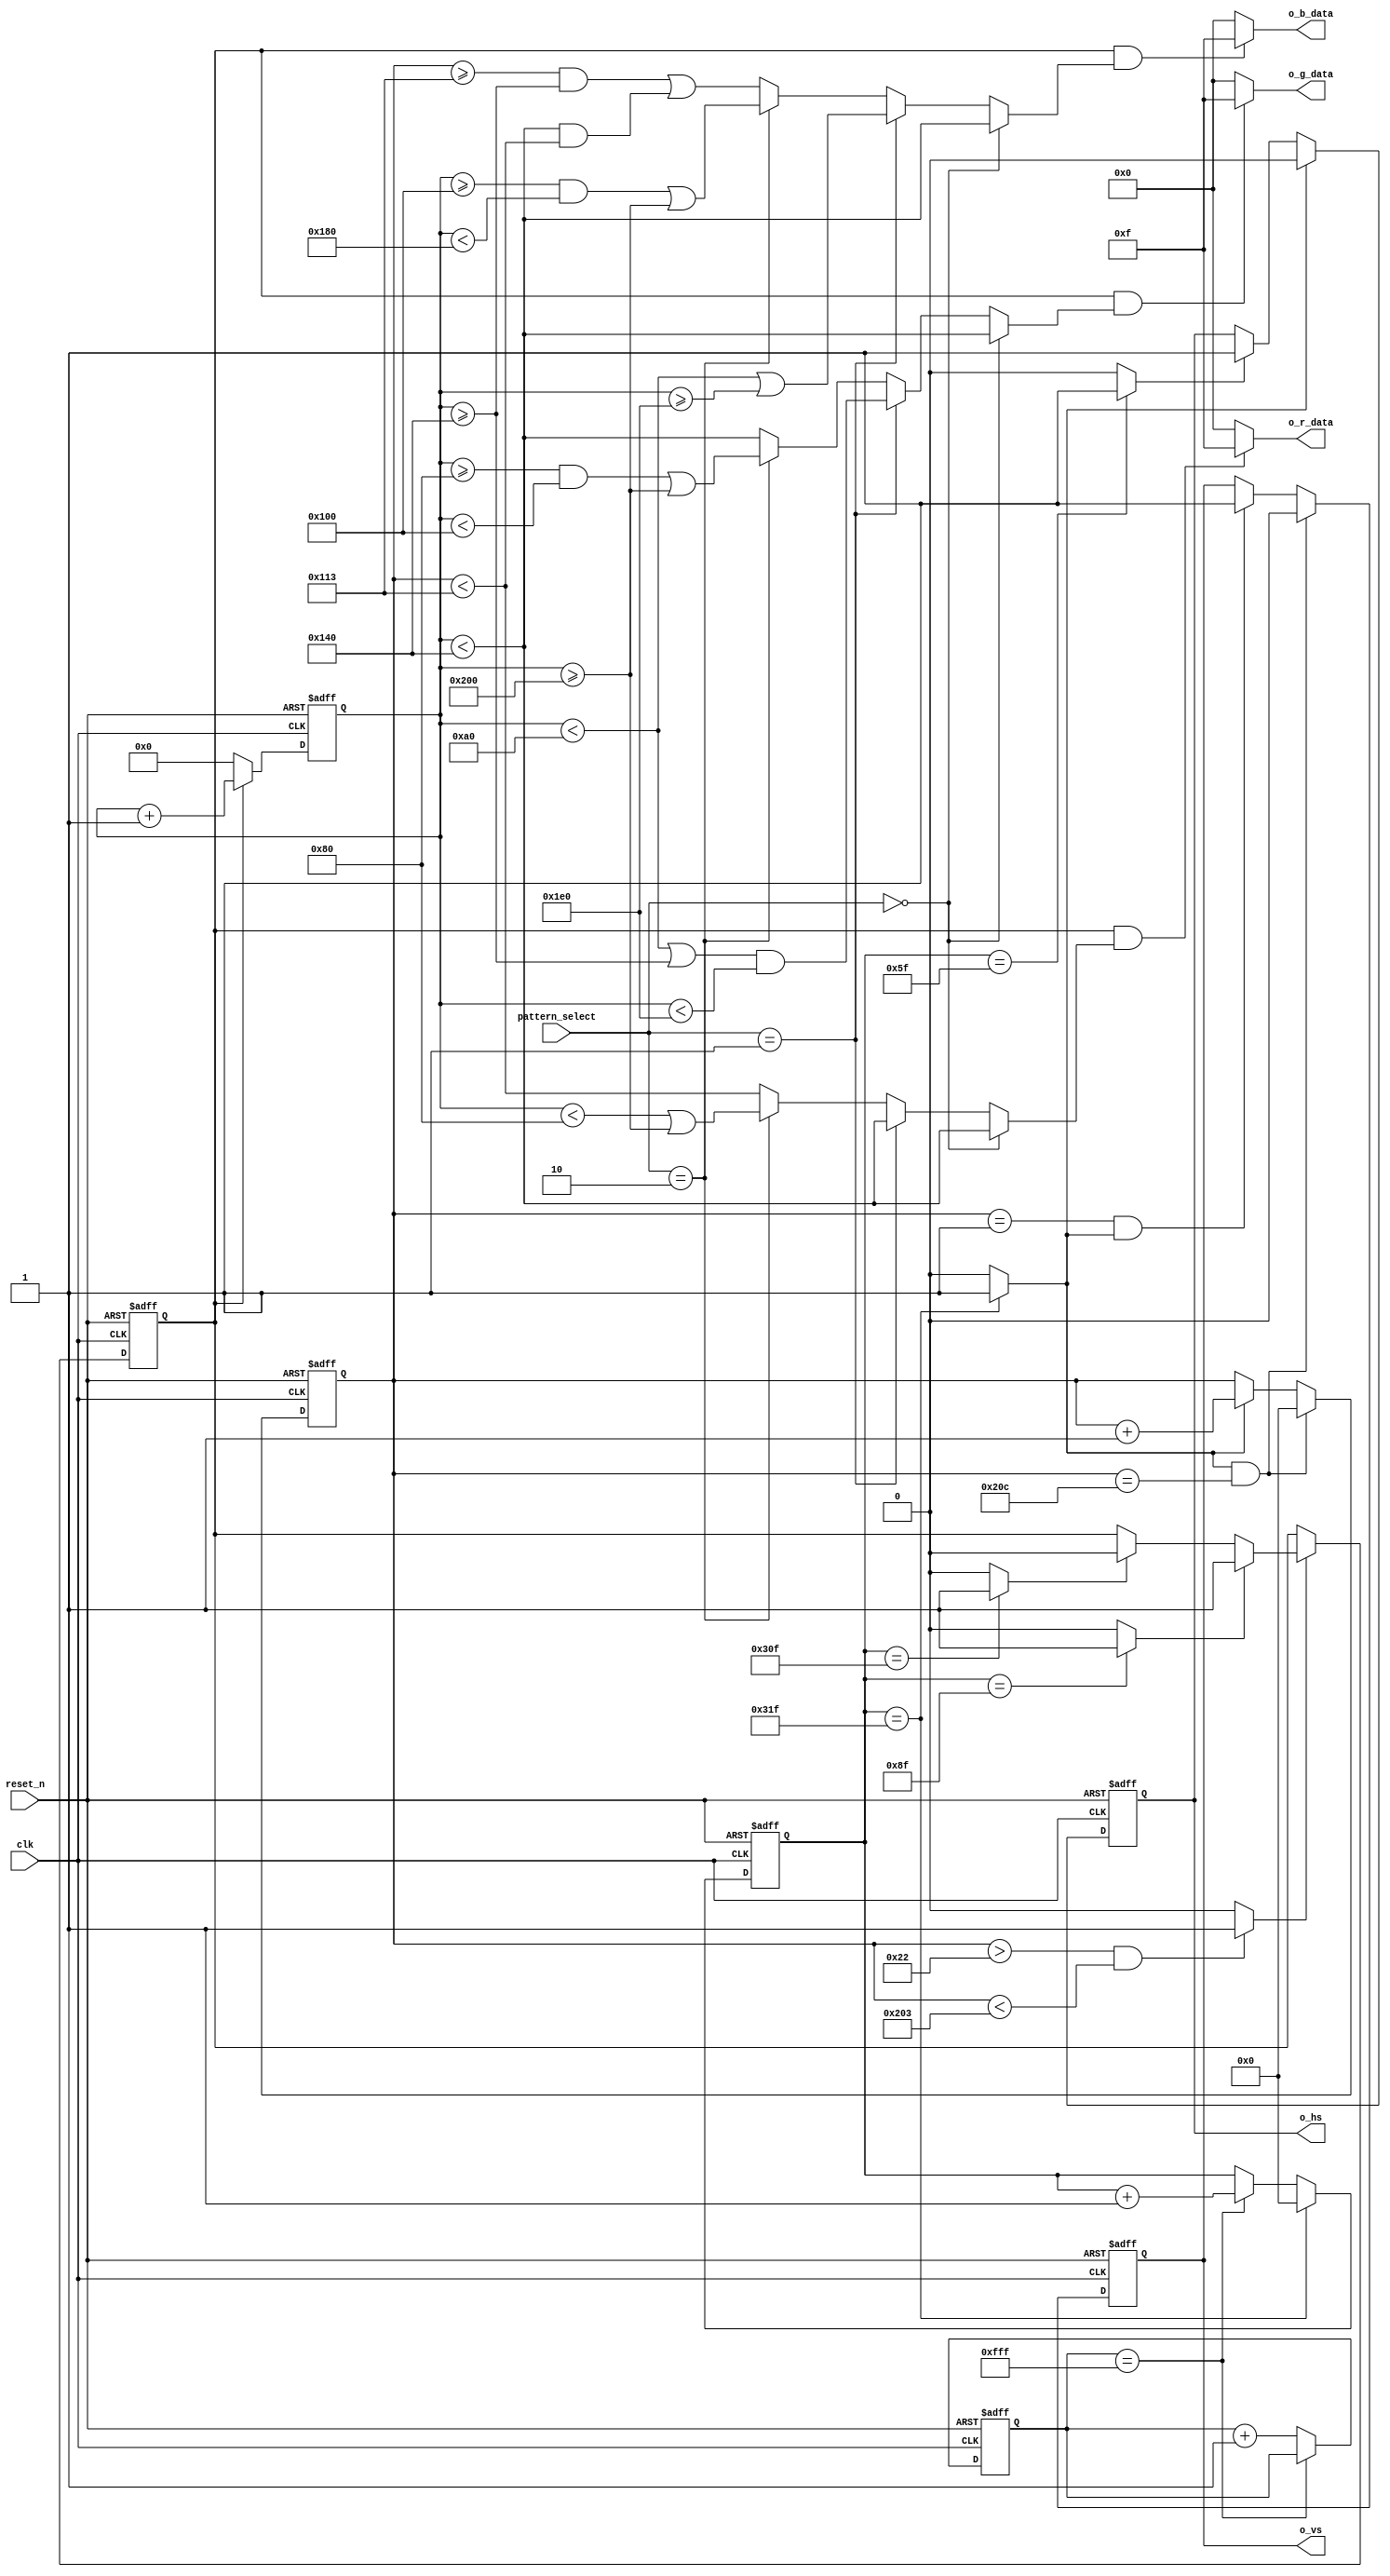
module pattern_gen(
   input clk,                           //input clk, reset_n, 2bit pattern_select 
   input reset_n,                  
   input [1:0] pattern_select,    

   output        o_vs,                  //output o_vs(Vsync), o_hs(Hsync) 
   output        o_hs,                          
   //output        o_de,
   ////Color data out for Zybo 7000
   /*
   output [4:0] o_r_data,
   output [5:0] o_g_data,
   output [4:0] o_b_data
   */
   ////Color data out for Zybo 7010 or Zybo 7020
   output [3:0] o_r_data,               //output 4bit o_r_data(Red), o_g_data(Green),o_b_data(Blue) 
   output [3:0] o_g_data,               
   output [3:0] o_b_data                
   
);
//   =======================================
//   Parameters
//   =======================================
////1280 x 720 // 74.25 MHz @ 60Hz
//parameter h_front_porch  = 32'd110;
//parameter h_sync_width   = 32'd40;
//parameter h_back_porch   = 32'd220;
//parameter h_active       = 32'd1280;
//
//parameter v_front_porch  = 32'd5;
//parameter v_sync_width   = 32'd5;
//parameter v_back_porch   = 32'd20;
//parameter v_active       = 32'd720;

//640 x 480 // 25.2 MHz @ 60Hz
//horizon
parameter h_front_porch  = 32'd16  ;    //Horizon_front porch = 16
parameter h_sync_width   = 32'd96  ;    //Horizon_sync width = 96
parameter h_back_porch   = 32'd48  ;    //Horizon_back porch = 48
parameter h_active       = 32'd640 ;    //Horizon_visible area = 640
//vertical
parameter v_front_porch  = 32'd10 ;     //Verticla_front porch = 10
parameter v_sync_width   = 32'd2  ;     //Vertical_sync width = 2
parameter v_back_porch   = 32'd33 ;     //Verticla_back porch = 33
parameter v_active       = 32'd480;     //Vertical_visible area = 480

parameter h_total        = h_front_porch + h_sync_width + h_back_porch + h_active;  //total horizon() = 800
parameter v_total        = v_front_porch + v_sync_width + v_back_porch + v_active;  //total vertical() = 525

parameter init_cnt_top = 32'h0000_0fff; //

//   =======================================
//   Reg, Wires
//   =======================================
reg [31:0] init_cnt;    //count
reg [31:0] h_cnt;       //horizon_count

wire h_sync_hit        ;    //check_horizon_sync_hit
wire h_back_porch_hit  ;    //check_horizon_back_porch_hit
wire h_active_hit      ;    //check_horizon_active_hit
wire h_front_porch_hit ;    //check_horizon_front_porch_hit

reg [31:0] line_cnt;    //line_count
wire active_line;       //active_line

reg vs;                 //vertical_sign
reg hs;                 //hoirizion_sign
reg de;                 //de_sign

reg [15:0] de_cnt;      //de_count

//   =======================================
//   Structural Coding
//   =======================================
//Inintal Waiting
always @ (posedge clk, negedge reset_n)     //clk  edge reset_n  edge , reset   delay
   if(~reset_n)                             //reset_n 0 
      init_cnt <= 32'b0;                    //init_cnt 0 
   else if(init_cnt == init_cnt_top)        //init_cnt = init_cnt_top
      init_cnt <= init_cnt;                 //init_cnt  
   else                                     //  
      init_cnt <= init_cnt + 1'b1;          //init_cnt + 1

//Horizon Count
always @ (posedge clk, negedge reset_n)     //clk  edge reset_n  edge 
   if(~reset_n)                             //reset_n 0 
      h_cnt <= 32'b0;                       //h_cnt 0 
   else if(h_cnt == h_total - 1'b1)         //h_cnt = h_total - 1
      h_cnt <= 32'b0;                       //h_cnt 0 
   else if(init_cnt == init_cnt_top)        //init_cnt = init_cnt_top 
      h_cnt <= h_cnt + 1'b1;                //h_cnt + 1

//Horizon hit point
assign h_sync_hit        = (h_cnt == h_sync_width - 1'b1) ? 1'b1 : 1'b0;                                          //h_cnt = h_sync_width - 1                                            h_sync_hit = 1,  0
assign h_back_porch_hit  = (h_cnt == h_sync_width + h_back_porch - 1'b1) ? 1'b1 : 1'b0;                           //h_cnt = h_sync_width + h_back_porch - 1                             h_back_porch_hit = 1,  0 
assign h_active_hit      = (h_cnt == h_sync_width + h_back_porch + h_active - 1'b1) ? 1'b1 : 1'b0;                //h_cnt = h_sync_width + h_back_porch + h_active - 1                  h_active_hit = 1,  0
assign h_front_porch_hit = (h_cnt == h_sync_width + h_back_porch + h_active + h_front_porch- 1'b1) ? 1'b1 : 1'b0; //h_cnt = h_sync_width + h_back_porch + h_active + h_front_porch- 1   h_front_porch_hit = 1,  0

//Vertical Count
always @ (posedge clk, negedge reset_n)                                 //clk  edge reset_n  edge 
   if(~reset_n)                                                         //reset_n 0 
      line_cnt <= 32'b0;                                                //line_cnt 0 
   else if(h_front_porch_hit && (line_cnt == v_total - 1'b1))           //(h_front_porch_hit 1 line_cnt = v_total - 1   ( )
      line_cnt <= 32'b0;                                                //line_cnt 0                                     
   else if(h_front_porch_hit)                                           //h_front_porch_hit = 1 
      line_cnt <= line_cnt + 1'b1;                                      //line_cnt <= line_cnt + 1  ( )

//Vertical active line  
assign active_line = ((line_cnt > v_sync_width + v_back_porch - 1'b1) && (line_cnt < v_sync_width + v_back_porch + v_active)) ? 1'b1 : 1'b0;    //line_cnt > v_sync_width + v_back_porch - 1 line_cnt < v_sync_width + v_back_porch + v_active 
                                                                                                                                                //active_line = 1  0
//Make VSYHC
always @ (posedge clk, negedge reset_n)                               //clk  edge reset_n  edge 
   if(~reset_n)                                                       //reset_n 0 
      vs <= 1'b0;                                                     //vs = 0 
   else if((line_cnt == v_total - 1'b1) && (h_front_porch_hit))       //line_cnt = v_total - 1  h_front_porch_hit = 1
      vs <= 1'b0;                                                     //vs = 0          Sync Pulse
   else if((line_cnt == v_sync_width - 1'b1) && (h_front_porch_hit))  //line_cnt = v_sync_width - 1  h_front_porch_hit = 1
      vs <= 1'b1;                                                     //vs = 1          Active of Line

//Make HSYHC
always @ (posedge clk, negedge reset_n)                               //clk  edge reset_n  edge 
   if(~reset_n)                                                       //reset_n 0 
      hs <= 1'b0;                                                     //hs = 0 
   else if(h_front_porch_hit)                                         //h_front_porch_hit = 1 
//   else if(h_front_porch_hit & active_line)  // If you want it,
      hs <= 1'b0;                                                     //hs = 0          Sync Pulse
   else if(h_sync_hit)                                                //h_sync_hit = 1 
      hs <= 1'b1;                                                     //hs = 1          Active of Pixel

// Make Data Enable Signal
always @ (posedge clk, negedge reset_n)                               //clk  edge reset_n  edge 
   if(~reset_n)                                                       //reset_n 0 
      de <= 1'b0;                                                     //de = 0 
   else if(active_line)                                               //active_line 1 
      if(h_back_porch_hit)                                            //h_back_porch_hit = 1 
         de <= 1'b1;                                                  //de = 1
      else if(h_active_hit)                                           //h_active_hit = 1 
         de <= 1'b0;                                                  //de = 0 
         
//output
assign o_vs = vs;                                                     //o_vs = vs 
assign o_hs = hs;                                                     //o_hs = hs 
//assign o_de = de;

always @ (posedge clk, negedge reset_n)                               //clk  edge reset_n  edge 
  if(~reset_n)                                                        //reset_n 0 
    de_cnt <= 16'b0;                                                  //de_cnt = 0 
  else if(~de)                                                        //de 0 
    de_cnt <= 16'b0;                                                  //de_cnt = 0 
  else if(de)                                                         //de 1 
    de_cnt <= de_cnt + 1'b1;                                          //de_cnt + 1

//// RGB Vdieo Pattern Code ////
//Pattern 0 (White / Black)
wire p0_r_en = ( de_cnt <  (h_active*1/2));                                                                 //    0~1/2 red
wire p0_g_en = ( de_cnt <  (h_active*1/2));                                                                 //    0~1/2 green
wire p0_b_en = ( de_cnt <  (h_active*1/2));                                                                 //    0~1/2 blue
//Pattern 1 (White / Red / Green / Blue)
wire p1_r_en = ( de_cnt <  (h_active*2/4));                                                                 //    0~1/2 red
wire p1_g_en = ((de_cnt <  (h_active*1/4)) || (de_cnt >=  (h_active*2/4))) && (de_cnt < (h_active*3/4));    //    0~1/4 1/2~3/4 green
wire p1_b_en = ((de_cnt <  (h_active*1/4)) || (de_cnt >=  (h_active*3/4)));                                 //    0~1/4 3/4~ blue
//Pattern 2 (Red / Green / Blue / Black / White)
wire p2_r_en = ( de_cnt <  (h_active*1/5)) || (de_cnt >= (h_active*4/5));                                   //    0~1/5 4/5~ red
wire p2_g_en = ((de_cnt >= (h_active*1/5)) && (de_cnt <  (h_active*2/5))) || (de_cnt >= (h_active*4/5));    //    1/5~2/5 4/5~ green
wire p2_b_en = ((de_cnt >= (h_active*2/5)) && (de_cnt <  (h_active*3/5))) || (de_cnt >= (h_active*4/5));    //    2/5~3/5 4/5~ blue
//Pattern 3 
wire p3_r_en = (line_cnt <  (v_sync_width+v_back_porch+v_active*1/2));                                      //      0~1/2 red
wire p3_g_en = (de_cnt  <   (h_active*1/2));                                                                //    0~1/2 green
wire p3_b_en = ((line_cnt >= (v_sync_width+v_back_porch+v_active*1/2)) && (de_cnt >= (h_active*1/2)) || ((de_cnt <(h_active*1/2))&&(line_cnt<(v_sync_width+v_back_porch+v_active*1/2))));
                                                                                                            //2, 4 blue
//   
wire r_en = (pattern_select == 2'd0)?    p0_r_en :          //pattern_select = 00  pattern0
            (pattern_select == 2'd1)?    p1_r_en :          //pattern_select = 01  pattern1
            (pattern_select == 2'd2)?    p2_r_en : p3_r_en; //pattern_select = 10  pattern2,     pattern3

wire g_en = (pattern_select == 2'd0)?    p0_g_en :          //pattern_select = 00  pattern0                         
            (pattern_select == 2'd1)?    p1_g_en :          //pattern_select = 01  pattern1                         
            (pattern_select == 2'd2)?    p2_g_en : p3_g_en; //pattern_select = 10  pattern2,     pattern3   

wire b_en = (pattern_select == 2'd0)?    p0_b_en :          //pattern_select = 00  pattern0                         
            (pattern_select == 2'd1)?    p1_b_en :          //pattern_select = 01  pattern1                         
            (pattern_select == 2'd2)?    p2_b_en : p3_b_en; //pattern_select = 10  pattern2,     pattern3   
////// Color data out assign
////Color data out for Zybo 7000
/*
assign o_r_data = (de & r_en) ? 5'd31 : 8'b0;
assign o_g_data = (de & g_en) ? 6'd63 : 8'b0;
assign o_b_data = (de & b_en) ? 5'd31 : 8'b0;
*/
////Color data out for Zybo 7010 or Zybo 7020
assign o_r_data = (de & r_en) ? 4'd15 : 8'b0;   //Zybo 7010 red_led
assign o_g_data = (de & g_en) ? 4'd15 : 8'b0;   //Zybo 7010 green_led
assign o_b_data = (de & b_en) ? 4'd15 : 8'b0;   //Zybo 7010 blue_led

endmodule